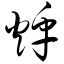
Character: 烀